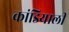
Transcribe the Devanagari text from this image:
कांडियाली